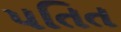
પતિત